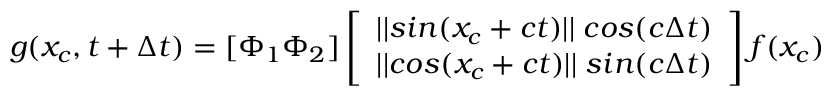
g ( x _ { c } , t + \Delta t ) = [ \Phi _ { 1 } \Phi _ { 2 } ] \left[ \begin{array} { l } { | | s i n ( x _ { c } + c t ) | | \; c o s ( c \Delta t ) } \\ { | | c o s ( x _ { c } + c t ) | | \; s i n ( c \Delta t ) } \end{array} \right] f ( x _ { c } )